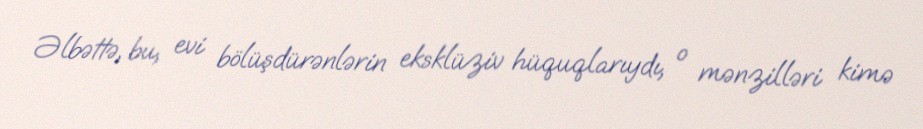
Əlbəttə, bu, evi bölüşdürənlərin eksklüziv hüquqlarıydı, o mənzilləri kimə